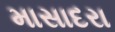
માસાદરા